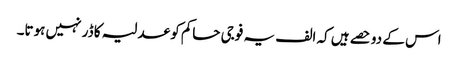
اس کے دو حصے ہیں کہ الف یہ فوجی حاکم کو عدلیہ کا ڈر نہیں ہوتا۔